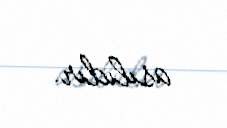
asılıdır.